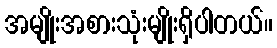
အမျိုးအစားသုံးမျိုးရှိပါတယ်။